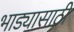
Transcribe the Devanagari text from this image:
भाड्यासाठी